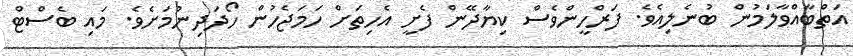
އަތްބާއްވާލަމުން ބުނެލިއެވެ. ފަރްހީންވެސް ކިޔާދޭން ފެށީ އެހިތަށް ހަމަޖެހުން ހޯދަދިނުމަށެވެ. މައި ބެސްޓް